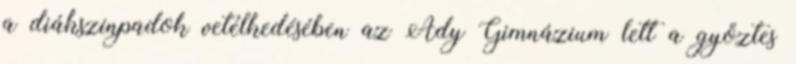
a diákszínpadok vetélkedésében az Ady Gimnázium lett a győztes